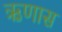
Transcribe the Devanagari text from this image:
ऋणास